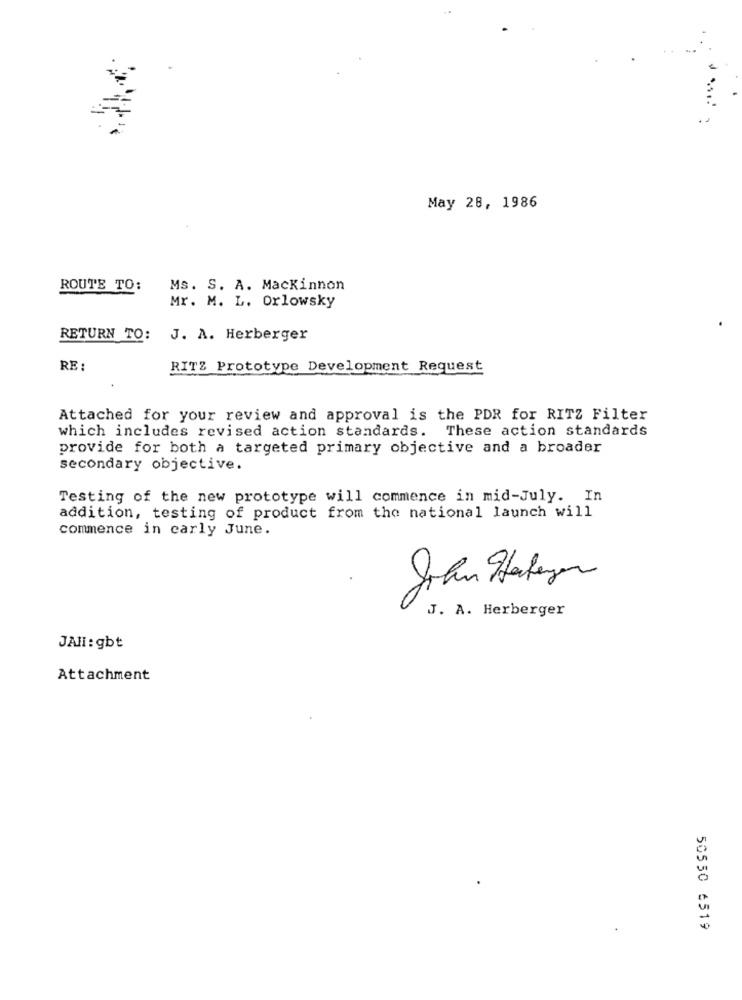
May 28, 1986
ROUTE TO:
Ms. S. A. Mackinnon
Mr. M. L. Orlowsky
RETURN TO:
J. A. Herberger
RE :
RITZ Prototype Development Request
Attached for your review and approval is the PDR for RITZ Filter
which includes revised action standards. These action standards
provide for both a targeted primary objective and a broader
secondary objective.
Testing of the new prototype will commence in mid-July. In
addition, testing of product from the national launch will
commence in carly June.
J. A. Herberger
JAHl: gbt
Attachment
50550 6519